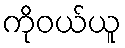
ကိုဝယ်ယူ